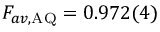
F _ { a v , \mathrm { A Q } } = 0 . 9 7 2 ( 4 )